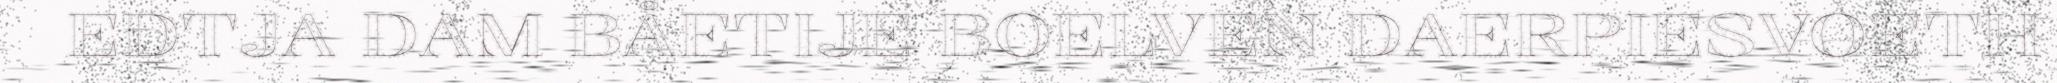
EDTJA DAM BÅETIJE BOELVEN DAERPIESVOETH